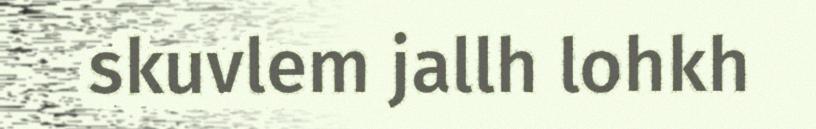
skuvlem jallh lohkh